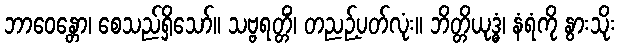
ဘာဝေန္တော၊ စေသည်ရှိသော်။ သဗ္ဗရတ္တိံ၊ တညဉ့်ပတ်လုံး။ ဘိတ္တိယုဒ္ဓံ၊ နံရံကို နွားသိုး